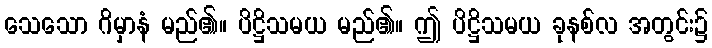
သေသော ဂိမှာနံ မည်၏။ ပိဋ္ဌိသမယ မည်၏။ ဤ ပိဋ္ဌိသမယ ခုနစ်လ အတွင်း၌